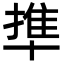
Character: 㔼